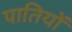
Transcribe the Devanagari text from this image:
पातियों